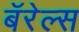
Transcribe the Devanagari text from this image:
बॅरेल्स